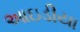
આઇડીયા